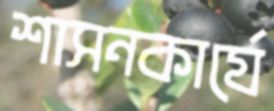
শাসনকার্যে